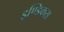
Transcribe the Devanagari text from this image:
इण्डिकस